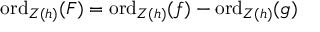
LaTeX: { \mathrm { o r d } } _ { Z ( h ) } ( F ) = { \mathrm { o r d } } _ { Z ( h ) } ( f ) - { \mathrm { o r d } } _ { Z ( h ) } ( g )